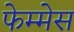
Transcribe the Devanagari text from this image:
फेम्मेस